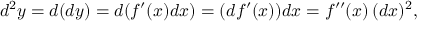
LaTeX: d ^ { 2 } y = d ( d y ) = d ( f ^ { \prime } ( x ) d x ) = ( d f ^ { \prime } ( x ) ) d x = f ^ { \prime \prime } ( x ) \, ( d x ) ^ { 2 } ,